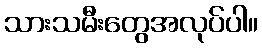
သားသမီးတွေအလုပ်ပါ။